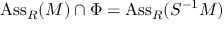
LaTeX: \operatorname { A s s } _ { R } ( M ) \cap \Phi = \operatorname { A s s } _ { R } ( S ^ { - 1 } M )